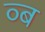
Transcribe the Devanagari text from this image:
व्ब